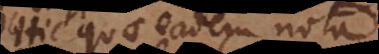
Hic quae eadem nota